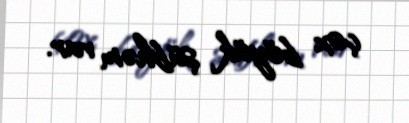
çox böyük şübhəm var.